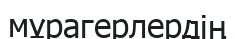
мұрагерлердің